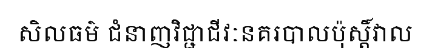
សិលធម៌ ជំនាញវិជ្ជាជីវៈនគរបាលប៉ុស្តិ៍វាល